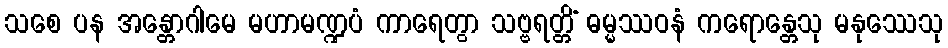
သစေ ပန အန္တောဂါမေ မဟာမဏ္ဍပံ ကာရေတွာ သဗ္ဗရတ္တိံ ဓမ္မဿဝနံ ကရောန္တေသု မနုဿေသု